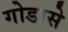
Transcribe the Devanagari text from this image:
गोडासे